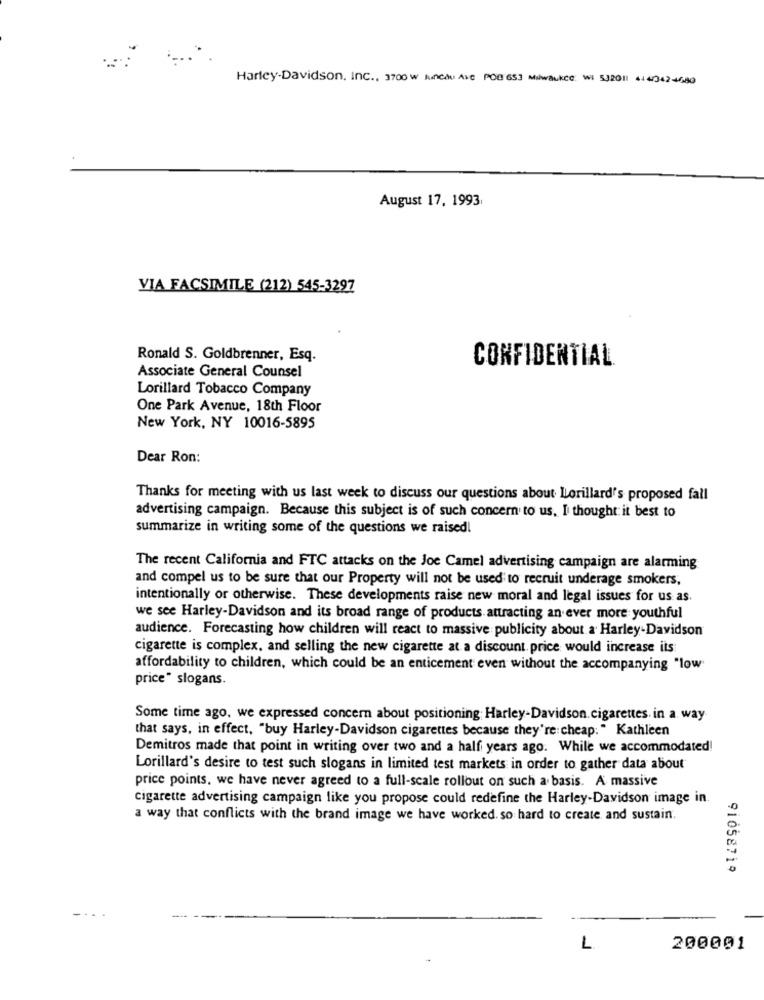
Harley-Davidson, Inc ., 3700 w lunchu Ave POB 653 Milwaukee: WI 532011 414/342-4680
August 17, 1993
VIA FACSIMILE (212) 545-3297
Ronald S. Goldbrenner, Esq.
CONFIDENTIAL
Associate General Counsel
Lorillard Tobacco Company
One Park Avenue, 18th Floor
New York, NY 10016-5895
Dear Ron:
Thanks for meeting with us last week to discuss our questions about Lorillard's proposed fall
advertising campaign. Because this subject is of such concern to us, I thought it best to
summarize in writing some of the questions we raised!
The recent California and FTC attacks on the Joe Camel advertising campaign are alarming
and compel us to be sure that our Property will not be used to recruit underage smokers,
intentionally or otherwise. These developments raise new moral and legal issues for us as
we see Harley-Davidson and its broad range of products attracting an ever more youthful
audience. Forecasting how children will react to massive publicity about a Harley-Davidson
cigarette is complex, and selling the new cigarette at a discount price would increase its
affordability to children, which could be an enticement even without the accompanying "low
price" slogans.
Some time ago, we expressed concern about positioning Harley-Davidson.cigarettes. in a way
that says, in effect, "buy Harley-Davidson cigarettes because they're cheap: " Kathleen
Demitros made that point in writing over two and a half years ago. While we accommodated!
Lorillard's desire to test such slogans in limited test markets in order to gather data about
price points. we have never agreed to a full-scale rollout on such a basis. A massive
cigarette advertising campaign like you propose could redefine the Harley-Davidson image in.
a way that conflicts with the brand image we have worked. so hard to create, and sustain.
91058719
1
200001